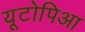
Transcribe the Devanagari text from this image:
यूटोपिआ